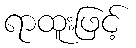
ရာထူးဖြင့်